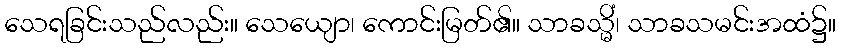
သေရခြင်းသည်လည်း။ သေယျော၊ ကောင်းမြတ်၏။ သာခသ္မိံ၊ သာခသမင်းအထံ၌။